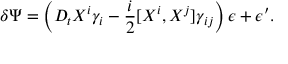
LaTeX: \delta \Psi = \left( D _ { t } X ^ { i } \gamma _ { i } - { \frac { i } { 2 } } [ X ^ { i } , X ^ { j } ] \gamma _ { i j } \right) \epsilon + \epsilon ^ { \prime } .